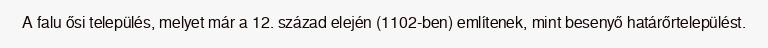
A falu ősi település, melyet már a 12. század elején (1102-ben) említenek, mint besenyő határőrtelepülést.